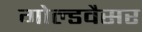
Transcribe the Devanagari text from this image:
गोल्डवैसर